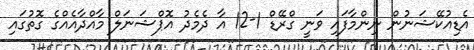
އެޑިއުކޭޝަނުން ނިންމާފައި ވަނީ ގްރޭޑް 1-12 އާ ދެމެދު އޮޕްޝަނަލް މާއްދާއެއްގެ ގޮތުގައި